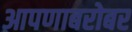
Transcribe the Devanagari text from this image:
आपणाबरोबर